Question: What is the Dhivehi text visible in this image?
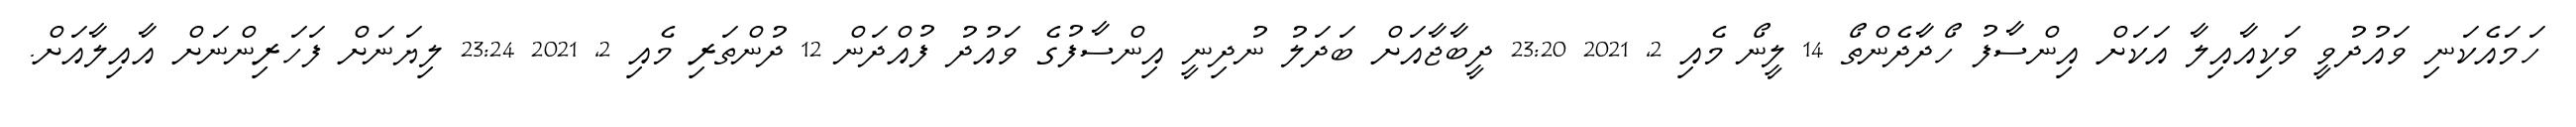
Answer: ހަމައެކަނި ވައުދުވީ ވަކިއާއިލާ އަކަށް އިންސާފު ހޯދާދެންތޯ 14 ލީނޯ މެއި 2, 2021 23:20 ދީބާޖާއަށް ބަދަލު ނުދިނީ އިންސާފުގެ ވައުދު ފުއްދަން 12 ދުންތަރި މެއި 2, 2021 23:24 ލިޔަނަށް ފަހަރިންނަށް އާއިލާއަށް.